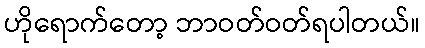
ဟိုရောက်တော့ ဘာဝတ်ဝတ်ရပါတယ်။